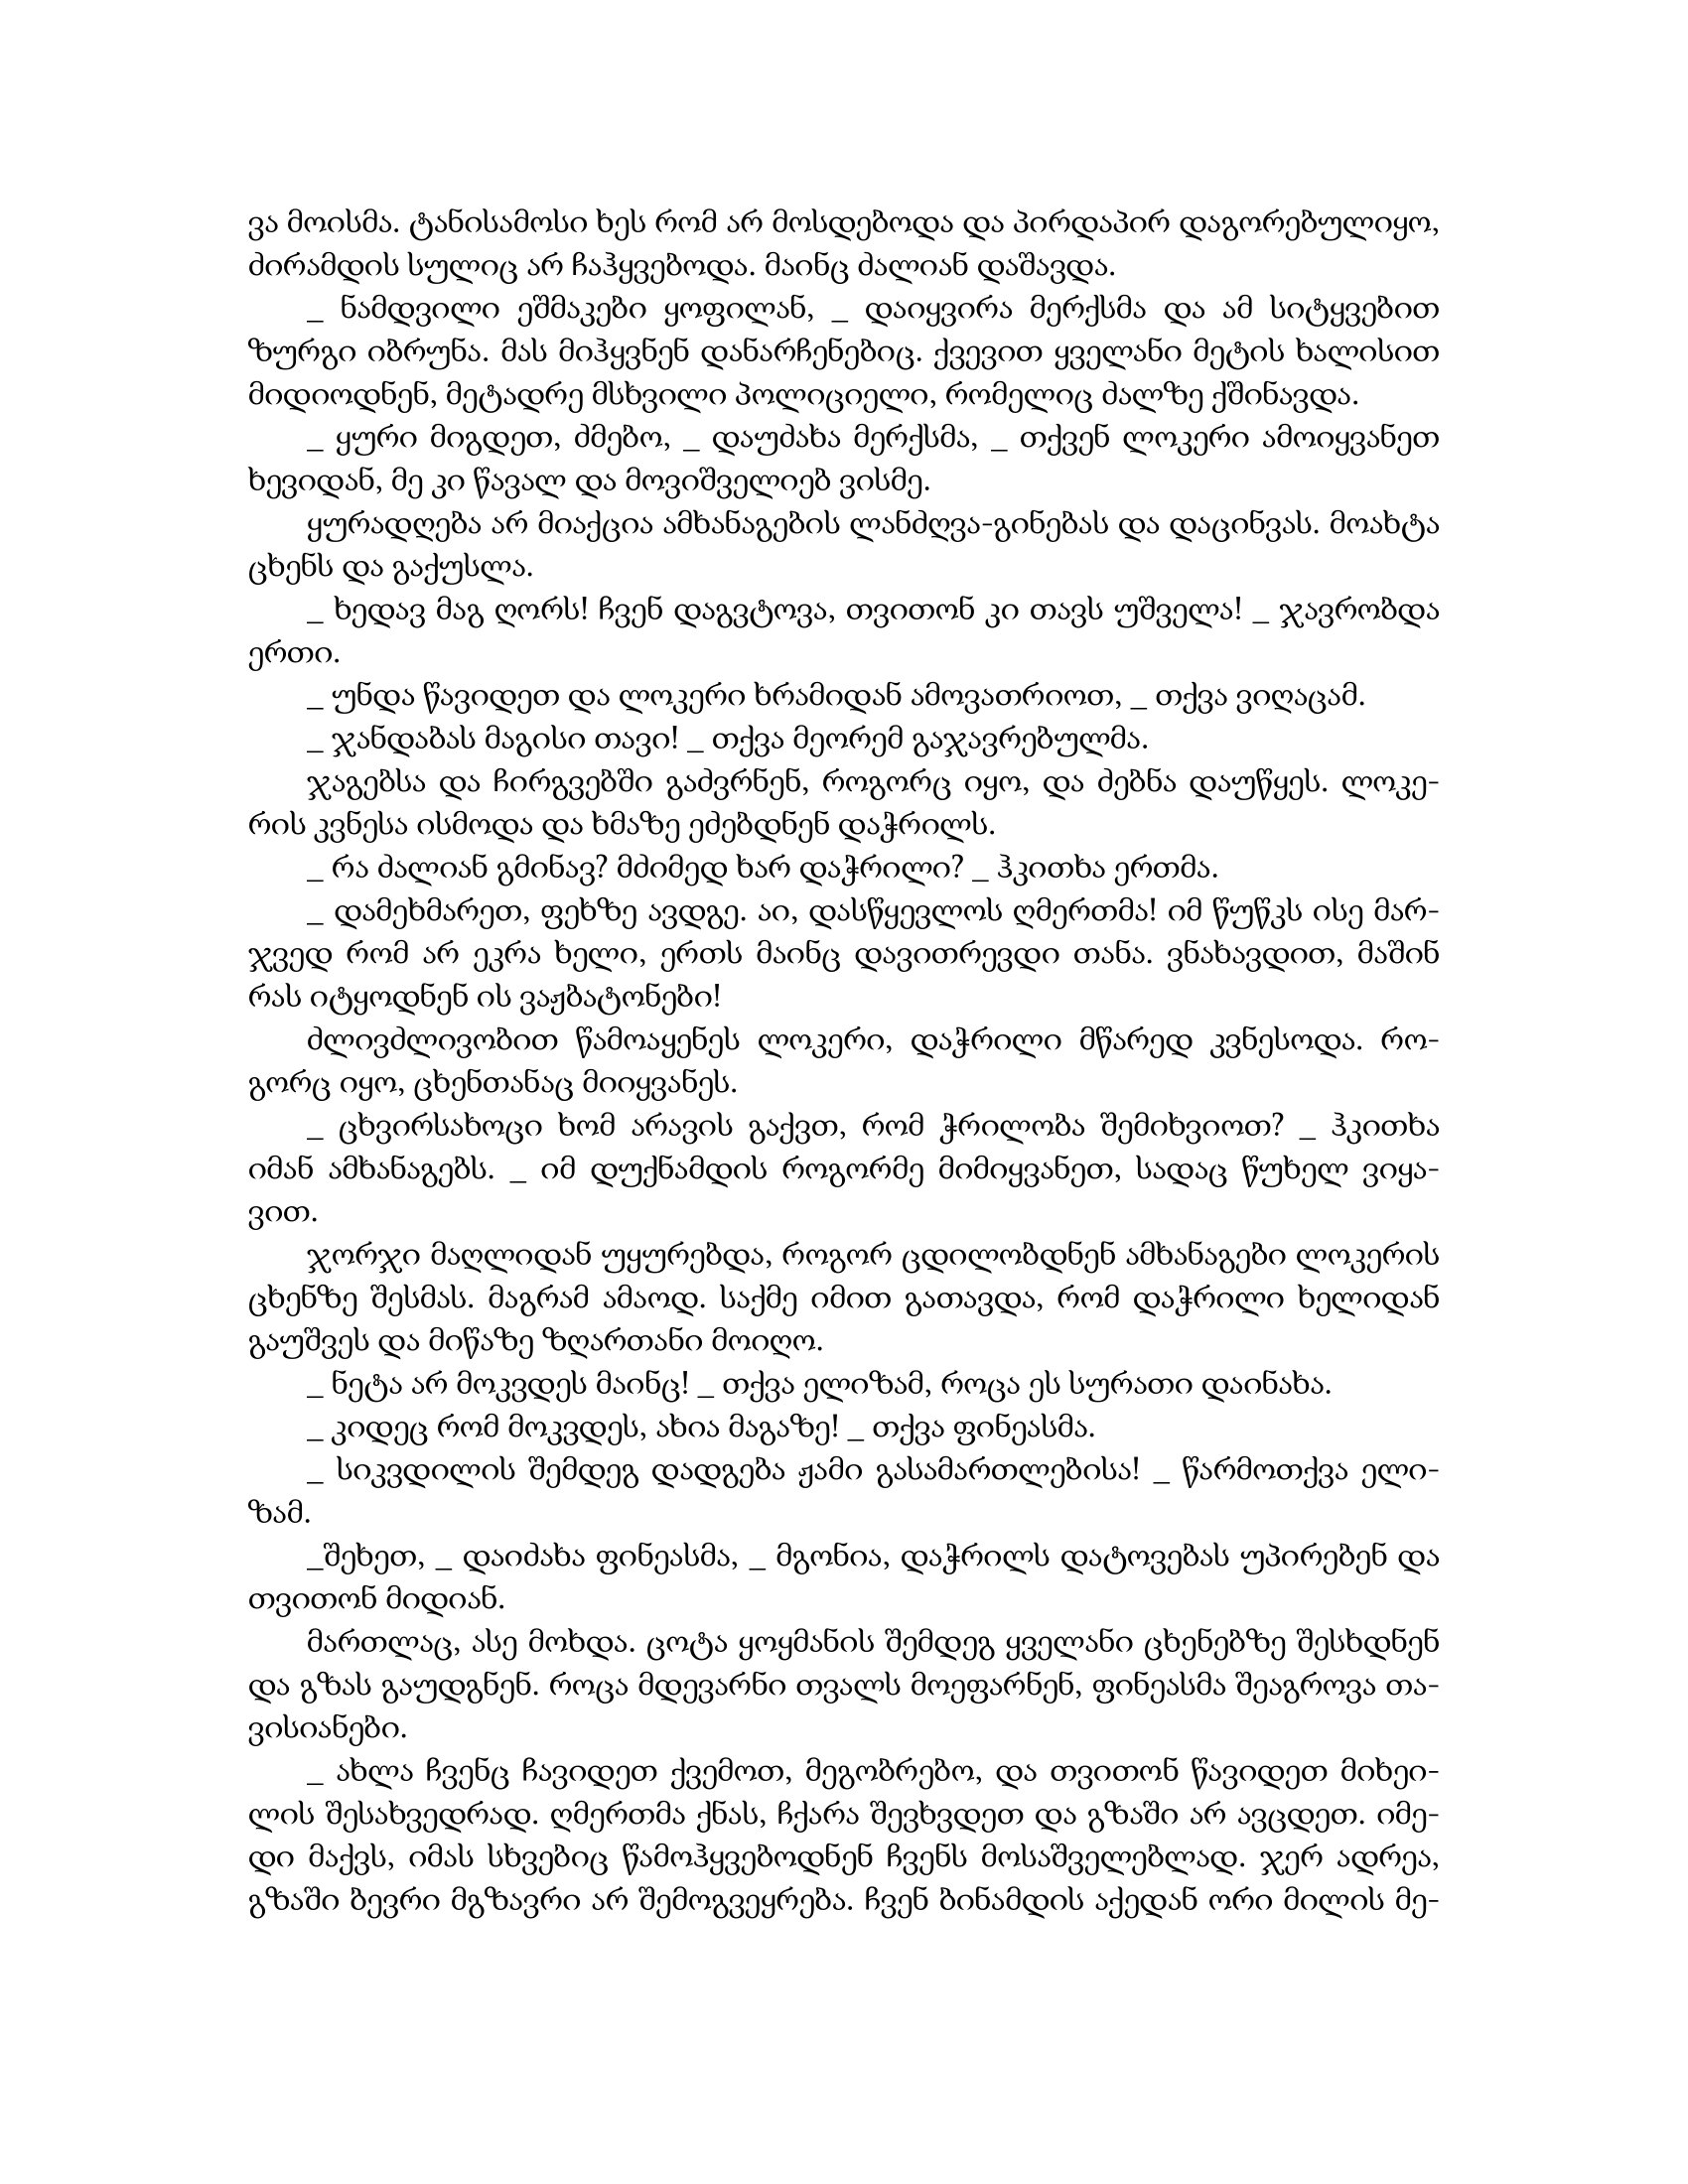
Language: gr